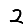
Digit: 2